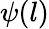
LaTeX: \psi(l)